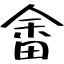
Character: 畬